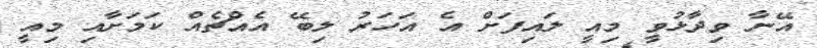
އޭނާ ވިދާޅުވީ މިއީ ލައިފަށް އެ އަހަރު ލިބޭ އެއްޗެއް ކަމަށާއި މިއީ